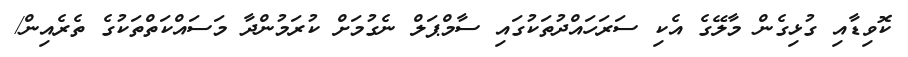
ކޮވިޑާއި ގުޅިގެން މާލޭގެ އެކި ސަރަހައްދުތަކުގައި ސާމްޕަލް ނެގުމަށް ކުރަމުންދާ މަސައްކަތްތަކުގެ ތެރެއިން/